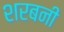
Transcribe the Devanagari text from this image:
शरबनी